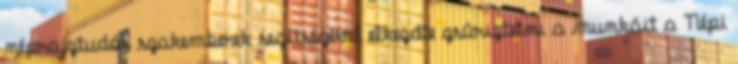
néprajztudós szakemberek segítségével elkezdte zsûriztetni a munkáit a Népi